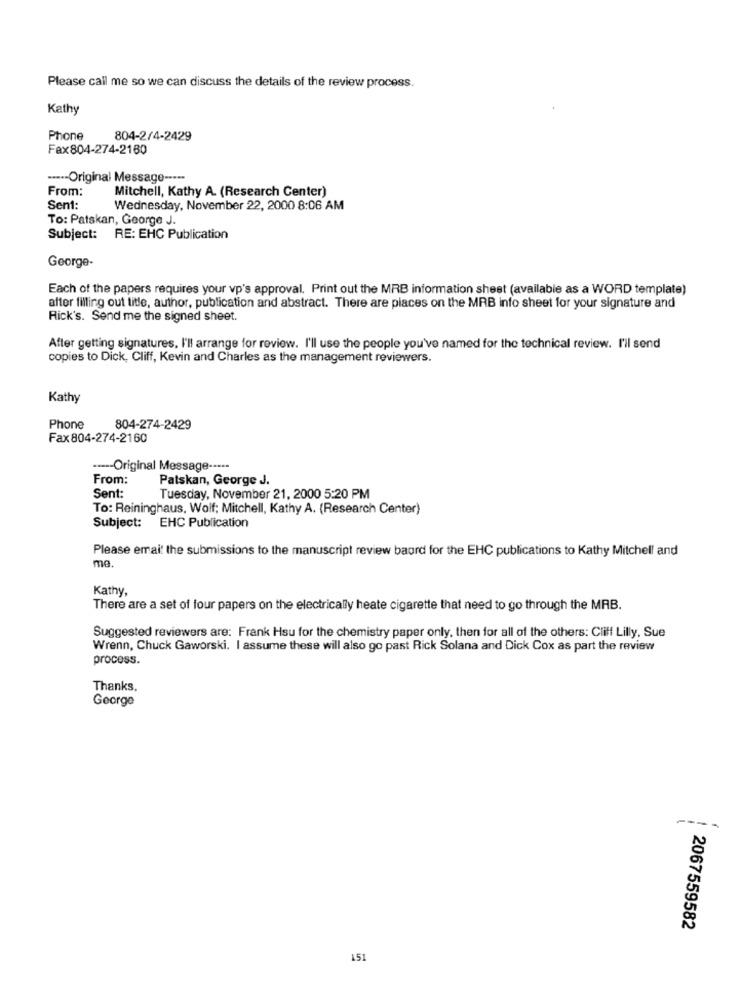
Please call me so we can discuss the details of the review process.
Kathy
Phone
804-2/4-2429
Fax804-274-2180
····- Original Message -----
From:
Mitchell, Kathy A. (Research Center)
Sent:
Wednesday, November 22, 2000 8:06 AM
To: Patskan, George J.
Subject: RE: EHC Publication
George-
Each of the papers requires your vp's approval. Print out the MRB information sheet (available as a WORD template)
after filling out title, author, publication and abstract. There are places on the MRB info sheet for your signature and
Rick's. Send me the signed sheet.
After getting signatures. I'll arrange for review. I'll use the people you've named for the technical review. I'll send
copies to Dick, Cliff, Kevin and Charles as the management reviewers.
Kathy
Phone
804-274-2429
Fax 804-274-2160
.---- Original Message -----
From:
Patskan, George J.
Sent:
Tuesday, November 21, 2000 5:20 PM
To: Reininghaus, Wolf; Mitchell, Kathy A. (Research Center)
Subject: EHC Publication
Please email the submissions to the manuscript review baord for the EHC publications to Kathy Mitchell and
me
Kathy
There are a set of four papers on the electrically heate cigarette that need to go through the MAB.
Suggested reviewers are: Frank Hsu for the chemistry paper only, then for all of the others: Cliff Lilly, Sue
Wrenn, Chuck Gaworski. I assume these will also go past Rick Solana and Dick Cox as part the review
process.
Thanks,
George
----
2067559582
151